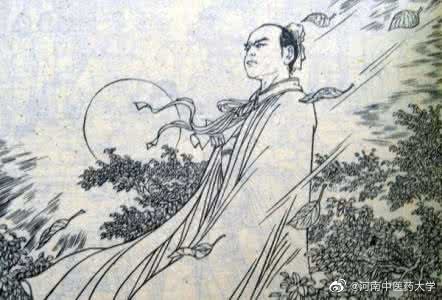
三年羁旅客，今日又南冠。